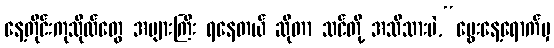
နေ့တိုင်းကုသိုလ်တွေ အများကြီး ရနေတယ် ဆိုတာ သင်တို့ အသိသားပဲ,“မွေးနေ့ရောက်မှ